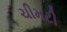
ચીમટી